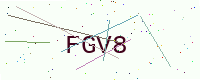
Text: FGV8